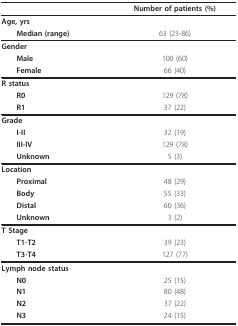
<table><thead><tr><td>[EMPTY_CELL]</td><td><b>Number of patients (%)</b></td></tr></thead><tbody><tr><td><b>Age, yrs</b></td><td>[EMPTY_CELL]</td></tr><tr><td> <b>Median (range)</b></td><td>63 (23-86)</td></tr><tr><td><b>Gender</b></td><td>[EMPTY_CELL]</td></tr><tr><td> <b>Male</b></td><td>100 (60)</td></tr><tr><td> <b>Female</b></td><td>66 (40)</td></tr><tr><td><b>R status</b></td><td>[EMPTY_CELL]</td></tr><tr><td> <b>R0</b></td><td>129 (78)</td></tr><tr><td> <b>R1</b></td><td>37 (22)</td></tr><tr><td><b>Grade</b></td><td>[EMPTY_CELL]</td></tr><tr><td> <b>I-II</b></td><td>32 (19)</td></tr><tr><td> <b>III-IV</b></td><td>129 (78)</td></tr><tr><td> <b>Unknown</b></td><td>5 (3)</td></tr><tr><td><b>Location</b></td><td>[EMPTY_CELL]</td></tr><tr><td> <b>Proximal</b></td><td>48 (29)</td></tr><tr><td> <b>Body</b></td><td>55 (33)</td></tr><tr><td> <b>Distal</b></td><td>60 (36)</td></tr><tr><td> <b>Unknown</b></td><td>3 (2)</td></tr><tr><td><b>T Stage</b></td><td>[EMPTY_CELL]</td></tr><tr><td> <b>T1-T2</b></td><td>39 (23)</td></tr><tr><td> <b>T3-T4</b></td><td>127 (77)</td></tr><tr><td><b>Lymph node status</b></td><td>[EMPTY_CELL]</td></tr><tr><td> <b>N0</b></td><td>25 (15)</td></tr><tr><td> <b>N1</b></td><td>80 (48)</td></tr><tr><td> <b>N2</b></td><td>37 (22)</td></tr><tr><td> <b>N3</b></td><td>24 (15)</td></tr></tbody></table>